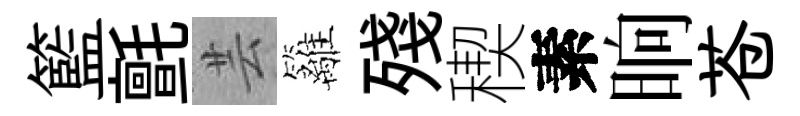
籃氈芸籬殘稧素晌苍